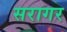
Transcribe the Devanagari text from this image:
सरागर